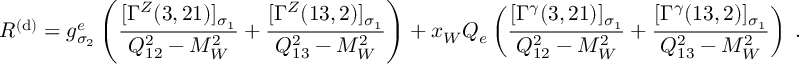
{ \cal R } ^ { ( \mathrm { d } ) } = g _ { \sigma _ { 2 } } ^ { e } \left( \frac { [ \Gamma ^ { Z } ( 3 , 2 1 ) ] _ { \sigma _ { 1 } } } { Q _ { 1 2 } ^ { 2 } - M _ { W } ^ { 2 } } + \frac { [ \Gamma ^ { Z } ( 1 3 , 2 ) ] _ { \sigma _ { 1 } } } { Q _ { 1 3 } ^ { 2 } - M _ { W } ^ { 2 } } \right) + x _ { W } Q _ { e } \left( \frac { [ \Gamma ^ { \gamma } ( 3 , 2 1 ) ] _ { \sigma _ { 1 } } } { Q _ { 1 2 } ^ { 2 } - M _ { W } ^ { 2 } } + \frac { [ \Gamma ^ { \gamma } ( 1 3 , 2 ) ] _ { \sigma _ { 1 } } } { Q _ { 1 3 } ^ { 2 } - M _ { W } ^ { 2 } } \right) \; .